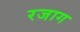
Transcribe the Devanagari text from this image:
रजाग